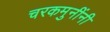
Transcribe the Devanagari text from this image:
चरकमुनींनी